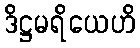
ဒိဋ္ဌမရိယေဟိ